Civil Veterinary Dept. Bombay admin report 1923-31 - 1923-1931
Year: 1923
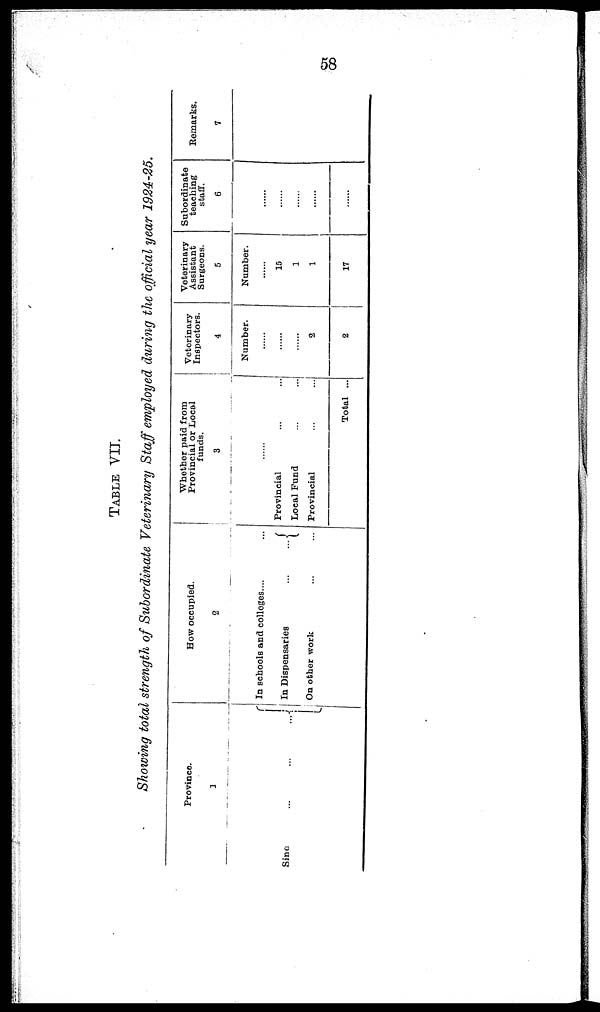
58
TABLE VII.
Showing total strength of Subordinate Veterinary Staff employed during the official year 1924-35.
Province.
1
Sind
...
...
...
How occupied.
2
In schools and colleges... ...
In Dispensaries
...
...
On other work ... ...
Whether paid from
Provincial or Local
funds.
3
......
Provincial ... ...
Local Fund ... ...
Provincial ... ...
Total ...
Veterinary
Inspectors.
4
Number.
......
......
......
2
2
Veterinary
Assistant
Surgeons.
5
Number.
......
15
1
1
17
Subordinate
teaching
staff.
6
......
......
......
......
......
Remarks.
7